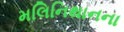
મલિનિથાનના